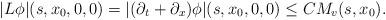
LaTeX: \begin{align*} |L \phi| (s,x_0,0,0) = |(\partial_t + \partial_x) \phi| (s,x_0,0,0) \le C M_v (s,x_0). \end{align*}